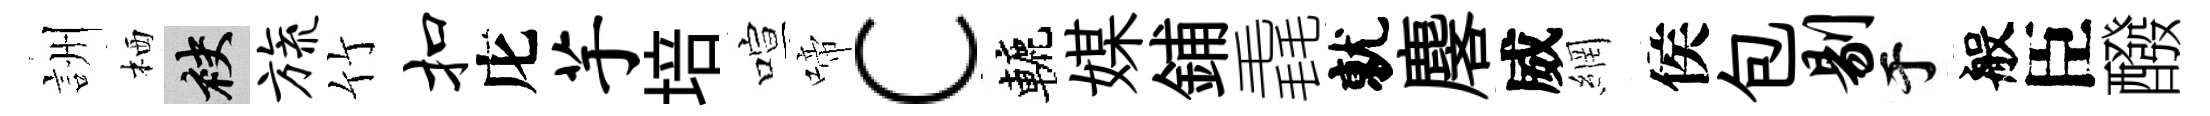
詶栖袂旒竹扣庀芋培喧啼c轆媒鋪毳就麐威網侯包剔于般臣醱